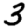
Digit: 3